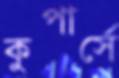
কুপার্সে